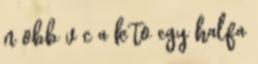
n obb v c a k to egy halfa